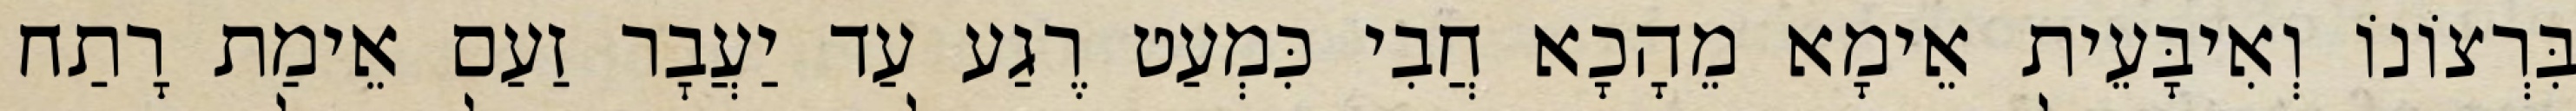
בִּרְצוֹנוֹ וְאִיבָּעֵית אֵימָא מֵהָכָא חֲבִי כִּמְעַט רֶגַע עַד יַעֲבׇר זַעַם אֵימַת רָתַח